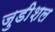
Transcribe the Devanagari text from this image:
जुडीशल